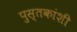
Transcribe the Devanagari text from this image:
पुस्तकांशी